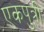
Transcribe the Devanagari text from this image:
एकपुत्री